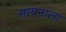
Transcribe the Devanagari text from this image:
सायनाला